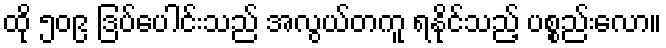
ထို ၅၀၉ ဒြပ်ပေါင်းသည် အလွယ်တကူ ရနိုင်သည့် ပစ္စည်းလော။